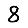
Digit: 8